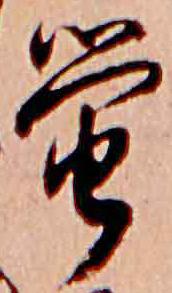
蛍